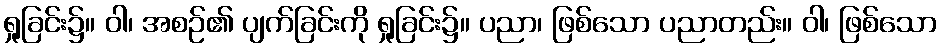
ရှုခြင်း၌။ ဝါ၊ အစဉ်၏ ပျက်ခြင်းကို ရှုခြင်း၌။ ပညာ၊ ဖြစ်သော ပညာတည်း။ ဝါ၊ ဖြစ်သော